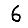
Digit: 6